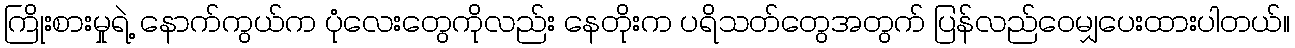
ကြိုးစားမှုရဲ့ နောက်ကွယ်က ပုံလေးတွေကိုလည်း နေတိုးက ပရိသတ်တွေအတွက် ပြန်လည်ဝေမျှပေးထားပါတယ်။